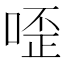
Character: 㗏